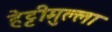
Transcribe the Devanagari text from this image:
हेट्टीमुल्ला